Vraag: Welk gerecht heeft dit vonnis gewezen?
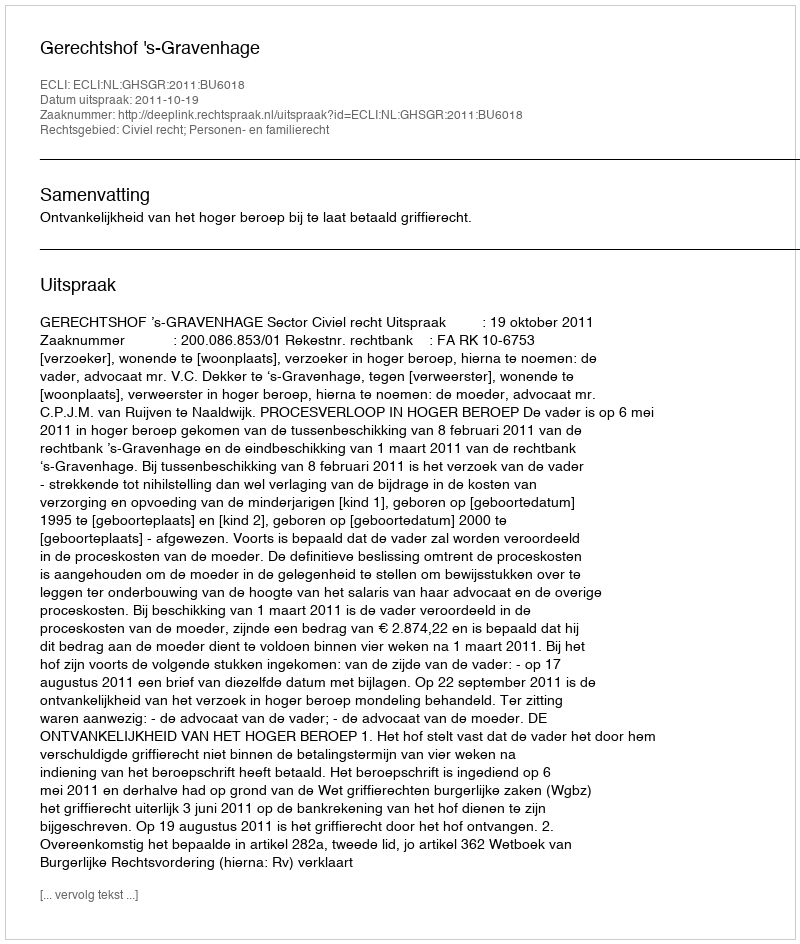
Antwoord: Gerechtshof 's-Gravenhage